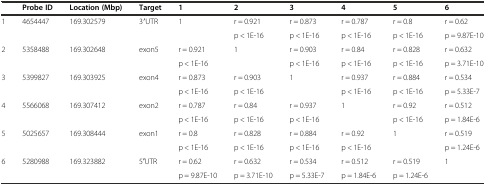
<table><thead><tr><td></td><td><b>Probe ID</b></td><td><b>Location (Mbp)</b></td><td><b>Target</b></td><td><b>1</b></td><td><b>2</b></td><td><b>3</b></td><td><b>4</b></td><td><b>5</b></td><td><b>6</b></td></tr></thead><tbody><tr><td>1</td><td>4654447</td><td>169.302579</td><td>3′UTR</td><td>1</td><td>r = 0.921</td><td>r = 0.873</td><td>r = 0.787</td><td>r = 0.8</td><td>r = 0.62</td></tr><tr><td colspan="5"></td><td>p &lt; 1E-16</td><td>p &lt; 1E-16</td><td>p &lt; 1E-16</td><td>p &lt; 1E-16</td><td>p = 9.87E-10</td></tr><tr><td>2</td><td>5358488</td><td>169.302648</td><td>exon5</td><td>r = 0.921</td><td>1</td><td>r = 0.903</td><td>r = 0.84</td><td>r = 0.828</td><td>r = 0.632</td></tr><tr><td colspan="4"></td><td>p &lt; 1E-16</td><td></td><td>p &lt; 1E-16</td><td>p &lt; 1E-16</td><td>p &lt; 1E-16</td><td>p = 3.71E-10</td></tr><tr><td>3</td><td>5399827</td><td>169.303925</td><td>exon4</td><td>r = 0.873</td><td>r = 0.903</td><td>1</td><td>r = 0.937</td><td>r = 0.884</td><td>r = 0.534</td></tr><tr><td colspan="4"></td><td>p &lt; 1E-16</td><td>p &lt; 1E-16</td><td></td><td>p &lt; 1E-16</td><td>p &lt; 1E-16</td><td>p = 5.33E-7</td></tr><tr><td>4</td><td>5566068</td><td>169.307412</td><td>exon2</td><td>r = 0.787</td><td>r = 0.84</td><td>r = 0.937</td><td>1</td><td>r = 0.92</td><td>r = 0.512</td></tr><tr><td colspan="4"></td><td>p &lt; 1E-16</td><td>p &lt; 1E-16</td><td>p &lt; 1E-16</td><td></td><td>p &lt; 1E-16</td><td>p = 1.84E-6</td></tr><tr><td>5</td><td>5025657</td><td>169.308444</td><td>exon1</td><td>r = 0.8</td><td>r = 0.828</td><td>r = 0.884</td><td>r = 0.92</td><td>1</td><td>r = 0.519</td></tr><tr><td colspan="4"></td><td>p &lt; 1E-16</td><td>p &lt; 1E-16</td><td>p &lt; 1E-16</td><td>p &lt; 1E-16</td><td></td><td>p = 1.24E-6</td></tr><tr><td>6</td><td>5280988</td><td>169.323882</td><td>5′UTR</td><td>r = 0.62</td><td>r = 0.632</td><td>r = 0.534</td><td>r = 0.512</td><td>r = 0.519</td><td>1</td></tr><tr><td colspan="4"></td><td>p = 9.87E-10</td><td>p = 3.71E-10</td><td>p = 5.33E-7</td><td>p = 1.84E-6</td><td>p = 1.24E-6</td><td></td></tr></tbody></table>